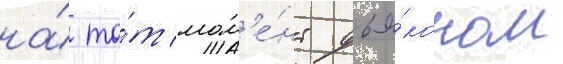
на́ то́т мом'е́нт дья́коном